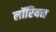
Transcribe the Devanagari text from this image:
लॉरियन